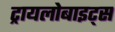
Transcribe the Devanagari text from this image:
ट्रायलोबाइट्स